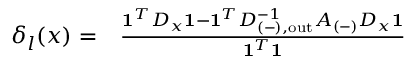
\begin{array} { r l } { \delta _ { l } ( x ) = } & { { } \frac { \mathbf { 1 } ^ { T } D _ { x } \mathbf { 1 } - \mathbf { 1 } ^ { T } D _ { ( - ) , \mathrm { { o u t } } } ^ { - 1 } A _ { ( - ) } D _ { x } \mathbf { 1 } } { \mathbf { 1 } ^ { T } \mathbf { 1 } } } \end{array}